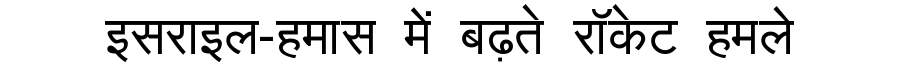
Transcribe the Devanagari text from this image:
इसराइल-हमास में बढ़ते रॉकेट हमले